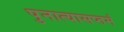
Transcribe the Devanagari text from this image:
पुनात्यासप्तमं